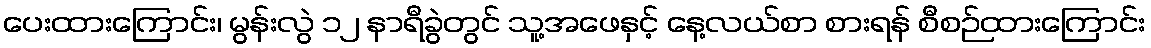
ပေးထားကြောင်း၊ မွန်းလွဲ ၁၂ နာရီခွဲတွင် သူ့အဖေနှင့် နေ့လယ်စာ စားရန် စီစဉ်ထားကြောင်း